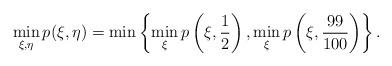
LaTeX: \begin{align*}\min_{\xi, \eta} p(\xi, \eta) = \min\left\{\min_{\xi}p\left(\xi, \frac12\right), \min_{\xi}p\left(\xi, \frac{99}{100}\right)\right\}. \end{align*}